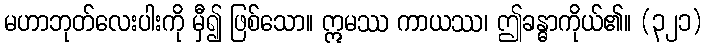
မဟာဘုတ်လေးပါးကို မှီ၍ ဖြစ်သော။ ဣမဿ ကာယဿ၊ ဤခန္ဓာကိုယ်၏။ (၃၂၁)